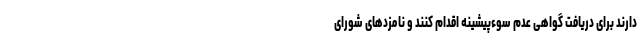
دارند برای دریافت گواهی عدم سوءپیشینه اقدام کنند و نامزدهای شورای